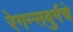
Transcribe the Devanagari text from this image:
रेगन्सबुर्गचे